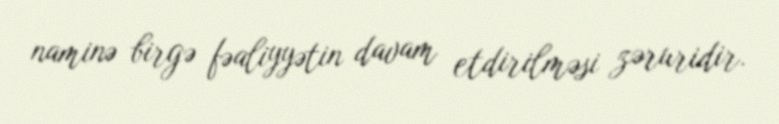
naminə birgə fəaliyyətin davam etdirilməsi zəruridir.